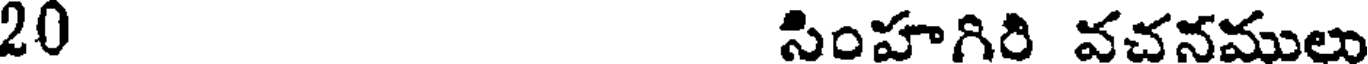
20 సింహగిరి వచనములు